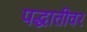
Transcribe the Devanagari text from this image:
पद्धातीवर